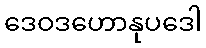
ဒေဝဒဟောနုပဒေါ